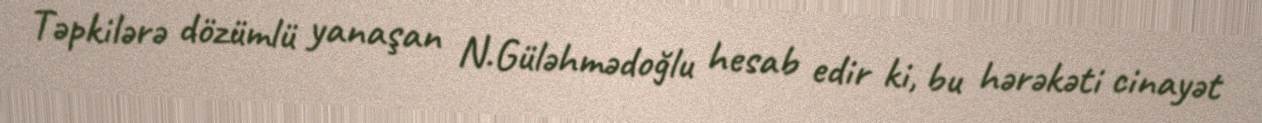
Təpkilərə dözümlü yanaşan N.Güləhmədoğlu hesab edir ki, bu hərəkəti cinayət